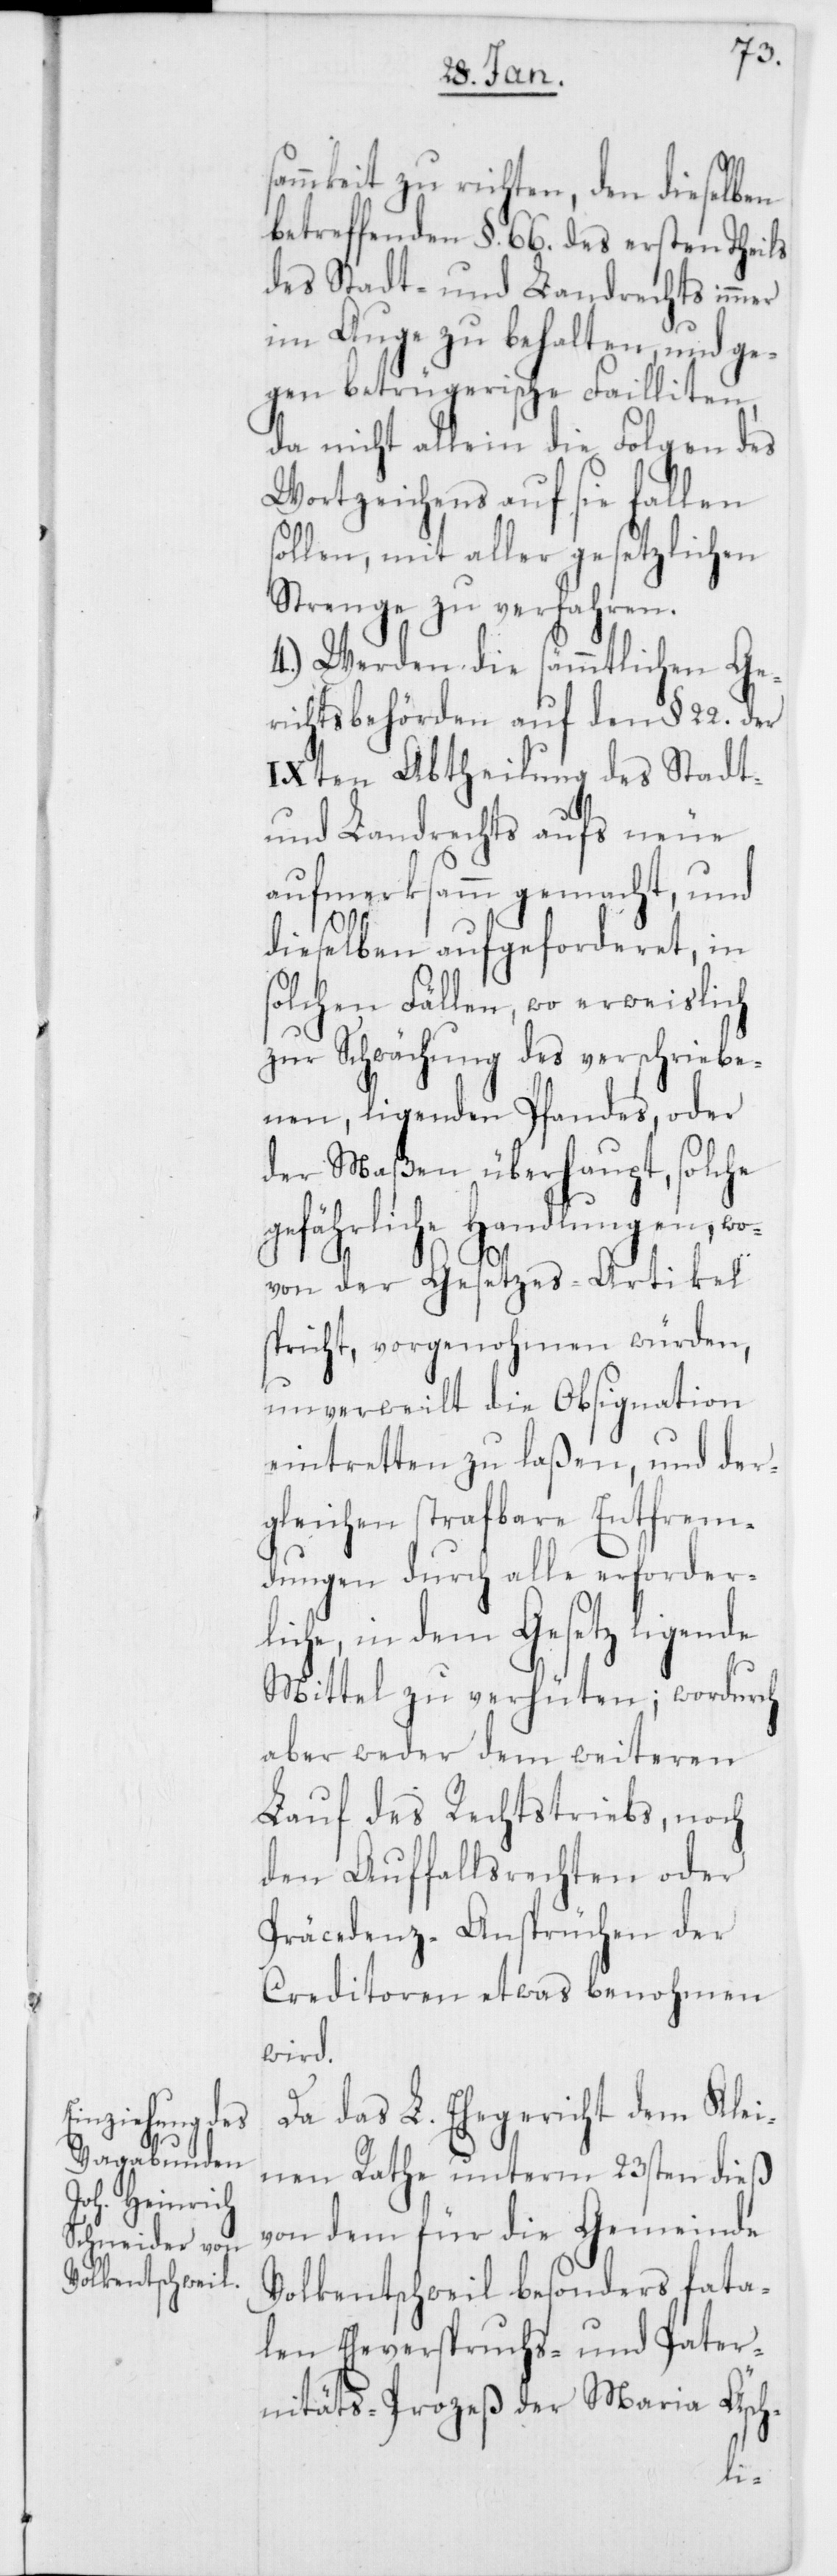
sammkeit zu richten, den dieselben
betreffenden §. 66. des ersten Theils
des Stadt- und Landrechts immer
im Auge zu behalten, und ge¬
gen betrügerische Failliten,
da nicht allein die Folgen des
Wortzeichens auf sie fallen
ollen, mit aller gesetzlichen
Strenge zu verfahren.
4.) Werden die sämmtlichen Ge¬
richtsbehörden auf den § 22. der
IXten Abtheilung des Stadt-
und Landrechts aufs neue
aufmerksamm gemacht, und
dieselben aufgeforderet, in
solchen Fällen, wo erweislich
zur Schwächung des verschriebe¬
nen, ligenden Pfandes, oder
der Maßen überhaupt, solche
gefährliche Handlungen, wo¬
von der Gesetzes-Artikel
spricht, vorgenohmen würden,
unverweilt die Obsignation
eintretten zu laßen, und der¬
gleichen strafbare Entfrem¬
dungen durch alle erforder¬
liche, in dem Gesetz ligende
Mittel zu verhüten; wordurch
aber weder dem weiteren
Lauf des Rechtstriebs, noch
den Auffallsrechten oder
Präcedenz-Ansprüchen der
Creditoren etwas benohmen
wird.
Da das L. Ehegericht dem Klei¬
nen Rathe unterm 23sten dieß
von dem für die Gemeinde
Volkentschweil besonders fat¬
Pater¬
len Eheverspr¬
hs-
nitäts-Prozeß